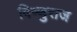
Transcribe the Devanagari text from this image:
विष्णुराज